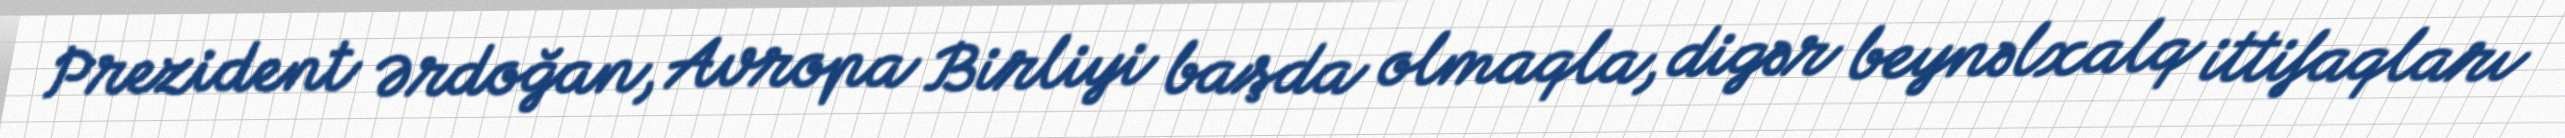
Prezident Ərdoğan, Avropa Birliyi başda olmaqla, digər beynəlxalq ittifaqları